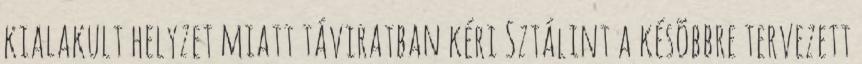
kialakult helyzet miatt táviratban kéri Sztálint a késõbbre tervezett